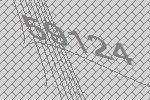
59124